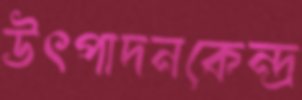
উৎপাদনকেন্দ্র